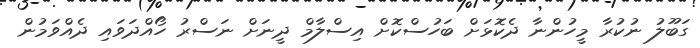
ގަބޫލު ނުކުރާ މީހުންނާ ދެކޮޅަށް ބަހުސްކޮށް އިސްލާމް ދީނަށް ނަސްރު ހޯއްދަވައި ދެއްވަމުން